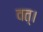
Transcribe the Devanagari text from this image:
वत्।